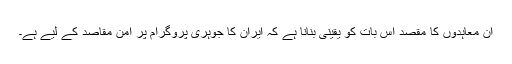
ان معاہدوں کا مقصد اس بات کو یقینی بنانا ہے کہ ایران کا جوہری پروگرام پر امن مقاصد کے لیے ہے۔